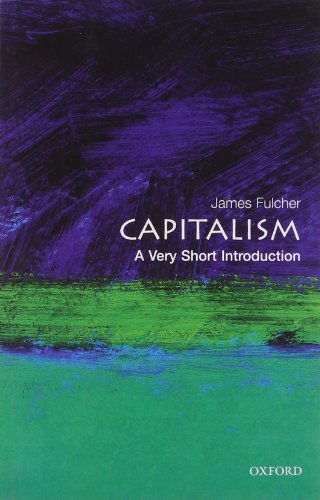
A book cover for Capitalism: A Very Short Introduction; James Fulcher; Business & Money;